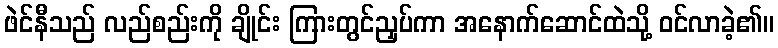
ဖဲင်နီသည် လည်စည်းကို ချိုင်း ကြားတွင်ညှပ်ကာ အနောက်ဆောင်ထဲသို့ ဝင်လာခဲ့၏။